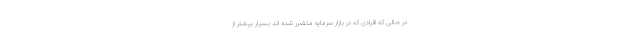
در حالی که افرادی که در بازار سرمایه متضرر شده اند بسیار بیشتر از